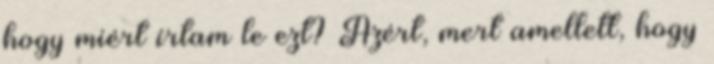
hogy miért írtam le ezt? Azért, mert amellett, hogy